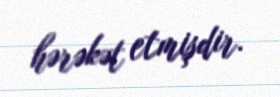
hərəkət etmişdir.